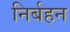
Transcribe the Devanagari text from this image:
निर्बहन